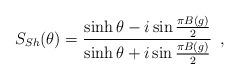
LaTeX: \begin{align*}S_{Sh}(\theta) = \frac{\sinh\theta - i \sin\frac{\pi B(g)}{2}}{\sinh\theta + i \sin\frac{\pi B(g)}{2}}\,\,\,,\end{align*}